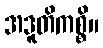
အဒူတိကစ္စိ။